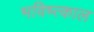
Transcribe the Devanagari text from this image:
भविष्त्काल